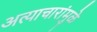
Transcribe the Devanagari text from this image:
अत्याचारांमुळे